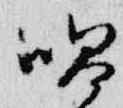
唱